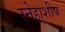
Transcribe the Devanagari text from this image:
स्नेहाशीष